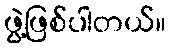
ဖွဲ့ဖြစ်ပါတယ်။